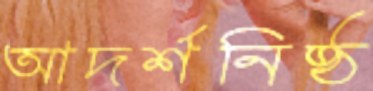
আদর্শনিষ্ঠ